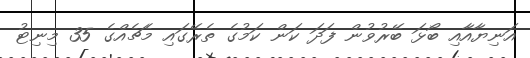
އަނިޔާއާއި ބޯޅަ ބޭރުވުން ފަދަ ކަން ކަމުގެ ތެރޭގައި މެޗެއްގެ 35 މިނިޓު